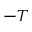
- T